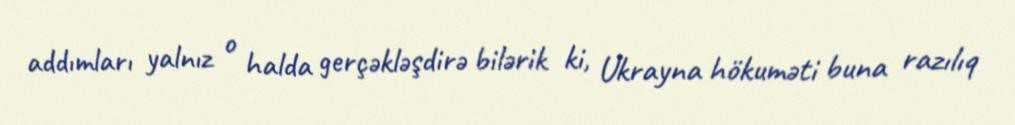
addımları yalnız o halda gerçəkləşdirə bilərik ki, Ukrayna hökuməti buna razılıq